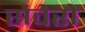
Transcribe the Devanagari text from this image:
सेवेरो